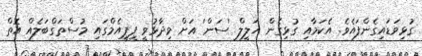
ގުޅިވަޑައިގެންފައެވެ. އެކަމާއި ގުޅިގެން ޚަލީލް 'ސަން' އަށް ވިދާޅުވީ ޕީޕީއެމްގައި މުސްތަގްބަލެއް އޮތް